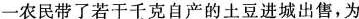
一农民带了若干千克自产的土豆进城出售，为